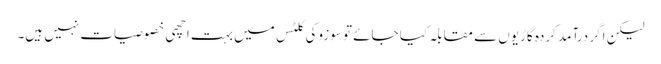
لیکن اگر درآمد کردہ گاڑیوں سے مقابلہ کیا جائے تو سوزوکی کلٹس میں بہت اچھی خصوصیات نہیں ہیں۔